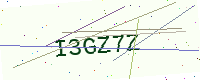
Text: I3GZ7Z